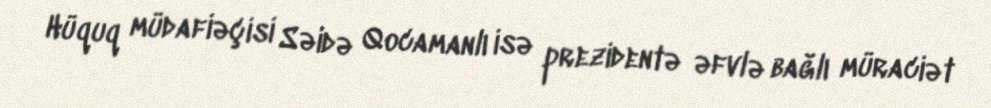
Hüquq müdafiəçisi Səidə Qocamanlı isə prezidentə əfvlə bağlı müraciət